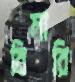
বিমারি